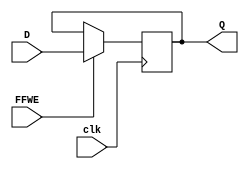
`timescale 1ns / 1ps
//////////////////////////////////////////////////////////////////////////////////
// Company: 
// Engineer: 
// 
// Design Name: 
// Module Name: FlipFlop
// Project Name: 
// Target Devices: 
// Tool Versions: 
// Description: 
// 
// Dependencies: 
// 
// Revision:
// Revision 0.01 - File Created
// Additional Comments:
// 
//////////////////////////////////////////////////////////////////////////////////


module FlipFlop(input clk,FFWE, input [7:0] D,output reg[7:0] Q

    );
    
    always @(posedge clk)
    begin
    if(FFWE)
    Q <= D;
    end
    
endmodule